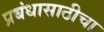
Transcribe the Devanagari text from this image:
प्रबंधासाठीचा